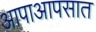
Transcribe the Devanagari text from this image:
आपाआपसात